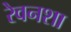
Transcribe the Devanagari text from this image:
रेवनशा